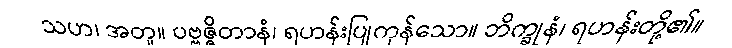
သဟ၊ အတူ။ ပဗ္ဗဇ္ဇိတာနံ၊ ရဟန်းပြုကုန်သော။ ဘိက္ခုနံ၊ ရဟန်းတို့၏။